Lunatic asylums Punjab 1881-1894 - 1881-1894
Year: 1881
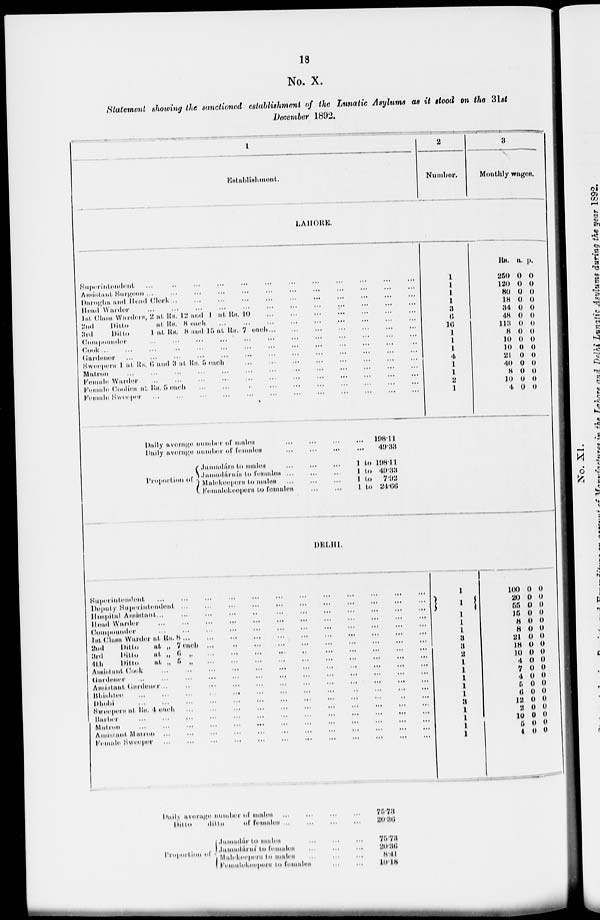
18
No. X.
Statement showing the sanctioned establishment of the Lunatic Asylums as it stood on the 31st
December 1892.
1
Establishment.
LAHORE .
Superintendent ... ... ... ... ... ... ... ... ... ... ... ...
A ssistant Surgeon ... ... ... ... ... ... ... ... ... ... ... ...
Darogha and Dond Clerk ... ... ... ... ... ... ... ... ... ... ... ...
Bond Warder ... ... ... ... ... ... ... ... ... ... ... ...
Int. Clarn Wardern , 2 at Rs. 12 and 1 at Rs . 10 ... ... ... ... ... ...
2nd
Ditto at. Rs. 8 each ... ... ... ... ... ...
3 rd
Ditto
1 at Rs. 8 and 15 at Rs. 7 each ... ... ... ... ... ...
Compounder ... ... ... ... ... ... ... ... ... ... .
Cook ... ... ... ... ... ... ... ... ... ... ... ... ... ...
Cardonor ... ... ... ... ... ... ... ... ... ... ... ... ... ... ...
Sweeper 1at Rs. 6 and 3 at Rs. 5 each ... ... ... ... ... ...
Matron ... ... ... ... ... ... ... ... ... ... ... ... ... ... ... ...
Female Warder ... ... ... ... ... ... ... ... ... ... ... ... ... ... ...
Female Coolies at Rs. 5 each ... ... ... ... ... ... ... ... ... ... ... ... ...
Female Sweeper ... ... ... ... ... ... ... ... ... ... ... ... ... ... ...
2
Number.
1
1
1
J
a
6
16
1
1
1
4
1
1
2
1
3
Monthly wages.
Rs
250
120
80
18
34
48
113
8
10
10
21
40
8
10
4
a.
0
0
0
0
0
0
0
0
0
0
0
0
0
0
0
p.
0
0
0
0
0
0
0
0
0
0
0
0
0
0
0
Daily average number of males ... ... ...
Daily average number of females ... ... ...
Proportion of
Jamadára to males ... ... ...
Jamadára to females ... ... ...
Malekeepers to males ... ... ...
Femalekeepers to females ... ...
...
...
1 to
1 to
1 to
1 to
198.11
49.33
198.11
49.33
7.92
24.66
DELHI.
Superintendent ... ... ... ... ... ... ... ... ... ... ... ...
Deputy Superintendent ... ... ... ... ... ... ... ... ... ... ... ...
Hospital Assistant ... ... ... ... ... ... ... ... ... ... ... ...
Head Warder ... ... ... ... ... ... ... ... ... ... ... ...
Compounder ... ... ... ... ... ... ... ... ... ... ... ...
1st
Class
Warder
at
Rs.
8
...
...
...
...
...
...
...
...
...
...
...
...
...
...
2nd
Ditto
at.
„
7
each
...
...
...
...
...
...
...
...
...
...
...
...
3rd
Ditto
at.
„
6
„
...
...
...
...
...
...
...
...
...
...
...
...
4th
Ditto
at. „ 5 „
...
...
...
...
...
...
...
...
...
...
...
...
Assistant Cook ... ... ... ... ... ... ... ... ... ... ... ...
Gardener ... ... ... ... ... ... ... ... ... ... ... ...
Assistant Gardener ... ... ... ... ... ... ... ... ... ... ... ...
Bhishter ... ... ... ... ... ... ... ... ... ... ... ...
Dhobi
...
...
...
...
...
...
...
...
...
...
...
...
Sweepers at Rs. 4 each ... ... ... ... ... ... ... ... ... ... ... ... ... ... ...
Barber ... ... ... ... ... ... ... ... ... ... ... ... ...
Matron ... ... ... ... ... ... ... ... ... ... ... ... ...
Assistant Matron ... ... ... ... ... ... ... ... ... ... ... ... ...
Female Sweeper ... ... ... ... ... ... ... ... ... ... ... ... ... ...
1
1
1 1
1
1
3
3
2
1
1
1
1
1
3
1
1
1
1
100
20
55
15
8
8
21
18
10
4
7
4
5
6
12
2
10
5
4
0
0
0
0
0
0
0
0
0
0
0
0
0
0
0
0
0
0
0
0
0
0
0
0
0
0
0
0
0
0
0
0
0
0
0
0
0
0
Daily average number of males ... ... ...
Ditto
ditto
of females ... ... ...
Proportion of
Jamadára to males ... ... ...
Jamadára to females ... ... ...
Malekeepers to males ... ... ...
Fealekeepers to females ... ..
75.73
20.36
75.73
20.36
8.41
10.18